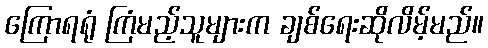
ကြောရရုံ ကြံမည့်သူများက ချစ်ရေးဆိုလိမ့်မည်။